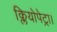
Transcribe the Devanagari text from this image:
क्लियोपेट्रा।